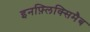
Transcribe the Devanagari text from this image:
इनफ़्लिक्सिमैब